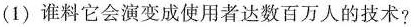
(1)谁料它会演变成使用者达数百万人的技术?